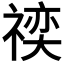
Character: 𬓍